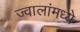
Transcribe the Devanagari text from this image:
ज्वालांमध्ये